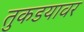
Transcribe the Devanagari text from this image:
तुकडयावर